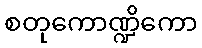
စတုကောဏ္ဍိကော